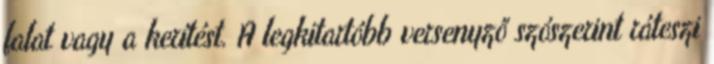
falat vagy a kerítést. A legkitartóbb versenyző szószerint ráteszi